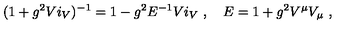
( 1 + g ^ { 2 } V i _ { V } ) ^ { - 1 } = 1 - g ^ { 2 } E ^ { - 1 } V i _ { V } \ , \quad E = 1 + g ^ { 2 } V ^ { \mu } V _ { \mu } \ ,